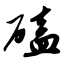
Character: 磕